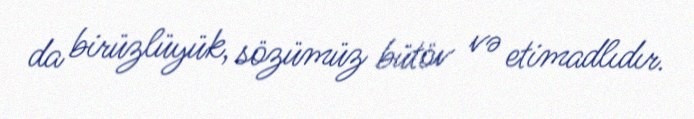
da birüzlüyük, sözümüz bütöv və etimadlıdır.